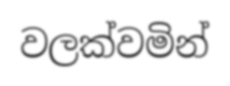
වලක්වමින්